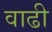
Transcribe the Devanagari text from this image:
वाढी